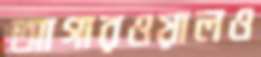
আগারওয়ালও